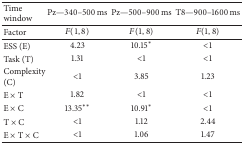
<table><thead><tr><td><b>Time window</b></td><td><b>Pz—340–500 ms</b></td><td><b>Pz—500–900 ms</b></td><td><b>T8—900–1600 ms</b></td></tr></thead><tbody><tr><td>Factor</td><td><i>F</i>(1, 8)</td><td><i>F</i>(1, 8)</td><td><i>F</i>(1, 8)</td></tr><tr><td>ESS (E)</td><td>4.23</td><td>10.15∗</td><td>&lt;1</td></tr><tr><td>Task (T)</td><td>1.31</td><td>&lt;1</td><td>&lt;1</td></tr><tr><td>Complexity (C)</td><td>&lt;1</td><td>3.85</td><td>1.23</td></tr><tr><td>E × T</td><td>1.82</td><td>&lt;1</td><td>&lt;1</td></tr><tr><td>E × C</td><td>13.35∗∗</td><td>10.91∗</td><td>&lt;1</td></tr><tr><td>T × C</td><td>&lt;1</td><td>1.12</td><td>2.44</td></tr><tr><td>E × T × C</td><td>&lt;1</td><td>1.06</td><td>1.47</td></tr></tbody></table>